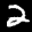
Label: 2